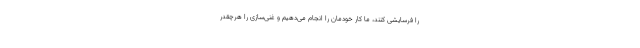
را فرسایشی کنند، ما کار خودمان را انجام می‌دهیم و غنی‌سازی را هرچقدر